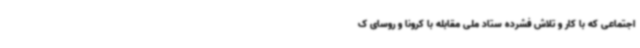
اجتماعی که با کار و تلاش فشرده ستاد ملی مقابله با کرونا و روسای ک